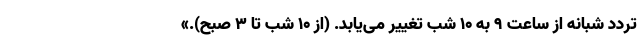
تردد شبانه از ساعت ۹ به ۱۰ شب تغییر می‌یابد. (از ۱۰ شب تا ۳ صبح).»